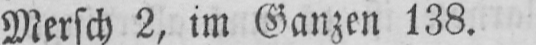
Mersch 2, im Ganzen 138.